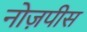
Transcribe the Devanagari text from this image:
नोज़पीस